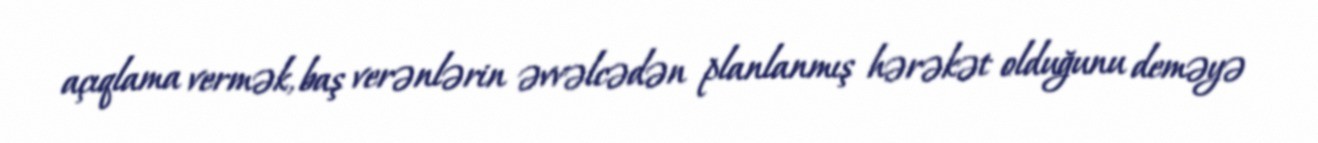
açıqlama vermək, baş verənlərin əvvəlcədən planlanmış hərəkət olduğunu deməyə